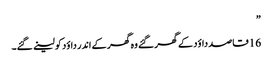
”
16 قاصد داؤد کے گھر گئے وہ گھر کے اندر داؤد کو لینے گئے۔